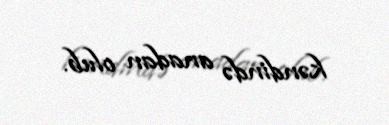
kəndində anadan olub.